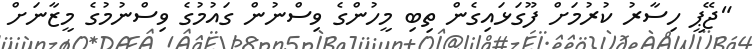
"ޖޭޕީ ހިސާރު ކުރުމަށް ފޫގަޅައިގެން ތިބި މީހުންގެ ވިސްނުން ގައުމުގެ ވިސްނުމުގެ މީޒާނަށް